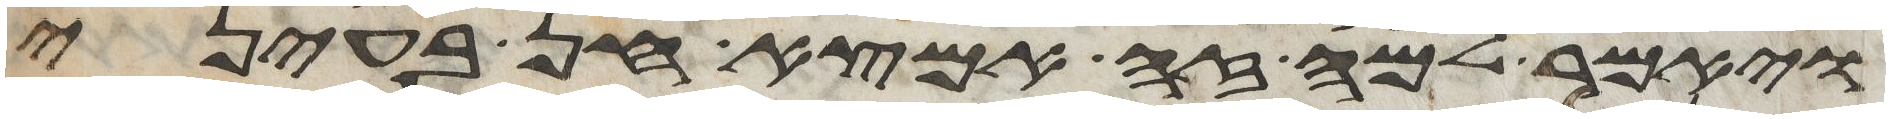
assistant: ויאמר למה זה אמצא חן בעיני